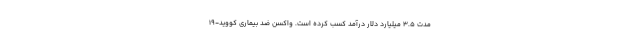
مدت ۳.۵ میلیارد دلار درآمد کسب کرده است. واکسن ضد بیماری کووید-۱۹